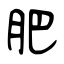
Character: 肥